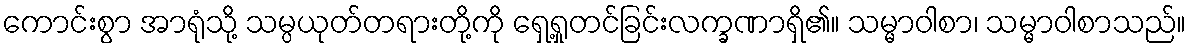
ကောင်းစွာ အာရုံသို့ သမ္ပယုတ်တရားတို့ကို ရှေ့ရှုတင်ခြင်းလက္ခဏာရှိ၏။ သမ္မာဝါစာ၊ သမ္မာဝါစာသည်။